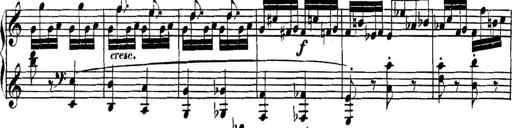
Title: Collected Piano Sonatas
Composer: Muzio Clementi